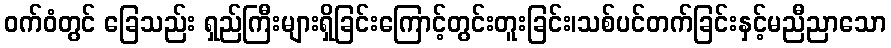
ဝက်ဝံတွင် ခြေသည်း ရှည်ကြီးများရှိခြင်းကြောင့်တွင်းတူးခြင်း၊သစ်ပင်တက်ခြင်းနှင့်မညီညာသော